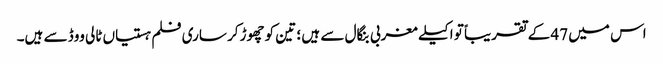
اس میں 47 کے تقریباً تو اکیلے مغربی بنگال سے ہیں ؛ تین کو چھوڑ‌کر ساری فلم ہستیاں ٹالی ووڈ سے ہیں۔